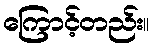
ကြောင့်တည်း။